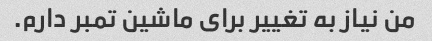
من نیاز به تغییر برای ماشین تمبر دارم.